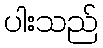
ပါးသည်